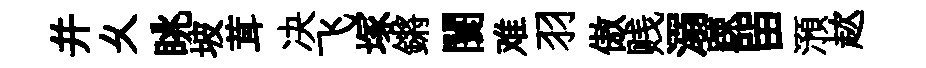
并乆眺坡茸决飞塚鏘闤难羽傲贱溺踈㽞澦趑